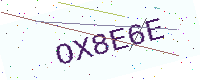
Text: OX8E6E